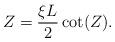
LaTeX: \begin{align*}Z = \frac{\xi L}{2}\cot(Z).\end{align*}